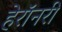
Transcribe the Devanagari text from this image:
हेरॉनरी